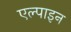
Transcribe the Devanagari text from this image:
एल्‍पाइन